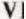
VI